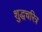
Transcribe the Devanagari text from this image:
शुद्धचरित्र